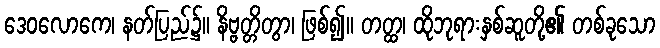
ဒေဝလောကေ၊ နတ်ပြည်၌။ နိဗ္ဗတ္တိတွာ၊ ဖြစ်၍။ တတ္ထ၊ ထိုဘုရားနှစ်ဆူတို့၏ တစ်ခုသော